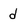
Character: d